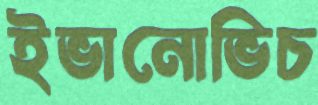
ইভানোভিচ